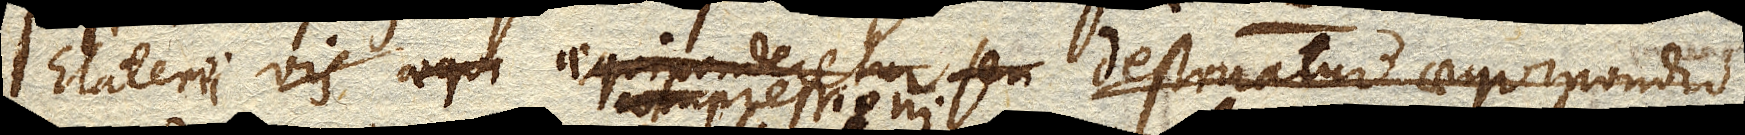
Elaterii vis aequiponderetur seu destruatur aequipondio